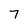
Character: 7